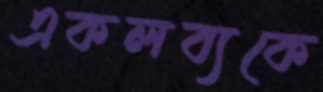
একলব্যকে